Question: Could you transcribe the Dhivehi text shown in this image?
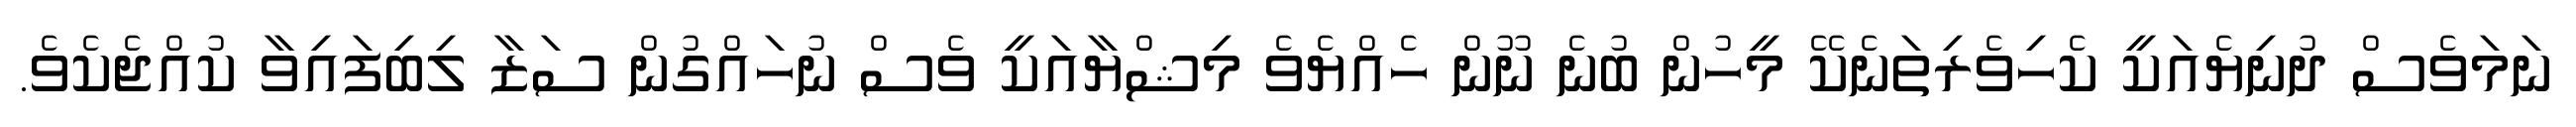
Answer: ނަމަވެސް ދުނިޔެއަކީ ކެހިވެރިތަނެކޭ މީހުން ބުނެ ނޫން ހެއްޔެވެ މިޝްޔާއަކީ ވެސް ނުހައްގުން ސަޒާ ލިބިފައިވާ ކުއްޖެކެވެ.